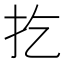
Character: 扢